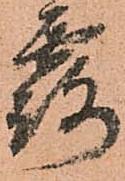
露